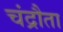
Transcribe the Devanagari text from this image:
चंद्रौता